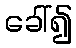
ခေါ်၍